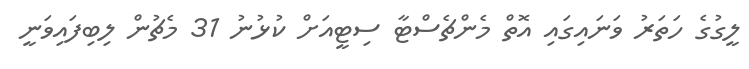
ލީގުގެ ހަތަރު ވަނައިގައި އޮތް މެންޗެސްޓާ ސިޓީއަށް ކުޅުނު 31 މެޗުން ލިބިފައިވަނީ